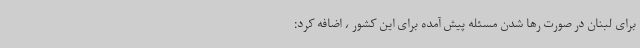
برای لبنان در صورت رها شدن مسئله پیش آمده برای این کشور ، اضافه کرد: